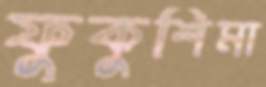
ফুকুশিমা